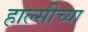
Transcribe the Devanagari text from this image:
हाल्सीच्या